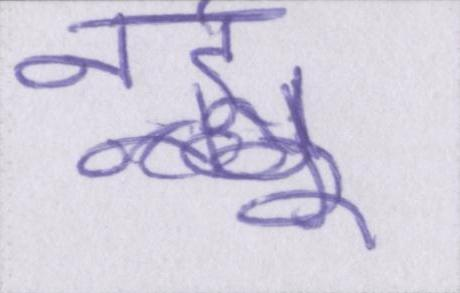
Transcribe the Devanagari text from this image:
नर्इ